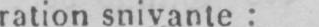
ration snivante: